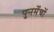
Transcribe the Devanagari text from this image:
पुनर्मेचों